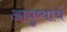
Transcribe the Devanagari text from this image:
आयुष्याचं